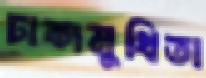
ঢাকামুখিতা